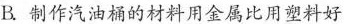
B制作汽油桶的材料用金属比用塑料好